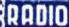
RADIO